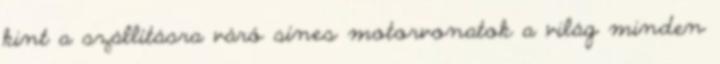
kint a szállításra váró sínes motorvonatok a világ minden